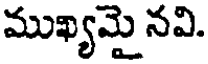
ముఖ్యమై నవి.